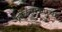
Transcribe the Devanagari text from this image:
प्रबळसरकारचा